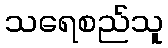
သရေစည်သူ